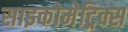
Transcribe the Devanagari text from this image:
साइकोमेट्रिक्स